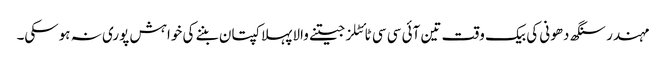
مہندر سنگھ دھونی کی بیک وقت تین آئی سی سی ٹائٹلز جیتنے والا پہلا کپتان بننے کی خواہش پوری نہ ہوسکی۔